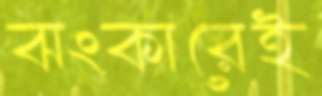
ঝংকারেই